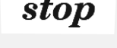
stop